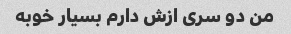
من دو سری ازش دارم بسیار خوبه